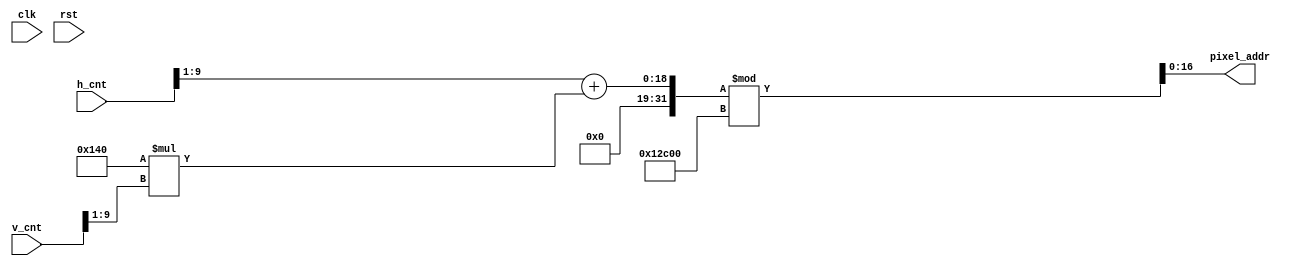
module mem_addr_gen(
   input clk,
   input rst,
   input [9:0] h_cnt,
   input [9:0] v_cnt,
   output [16:0] pixel_addr
   );
    
   reg [7:0] position;
  
   assign pixel_addr = ((h_cnt>>1)+320*(v_cnt>>1)) % 76800;  //640*480 --> 320*240 
    
endmodule